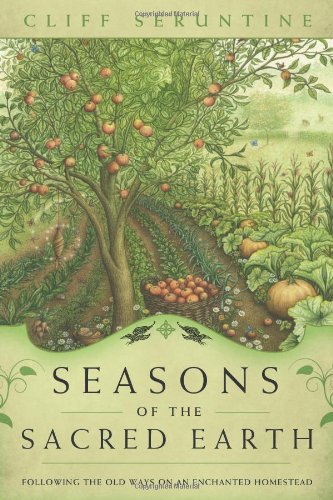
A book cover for Seasons of the Sacred Earth: Following the Old Ways on an Enchanted Homestead; Cliff Seruntine; Religion & Spirituality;